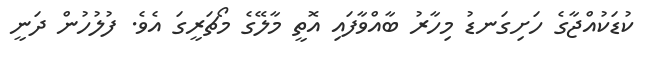
ކުޑަކުއްޖާގެ ހަށިގަނޑު މިހާރު ބާއްވާފައި އޮތީ މާލޭގެ މޯޗަރީގަ އެވެ. ފުލުހުން ދަނީ